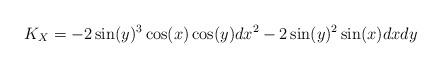
LaTeX: \begin{align*}K_X = -2\sin(y)^3\cos(x)\cos(y)dx^2-2\sin(y)^2\sin(x)dxdy\end{align*}